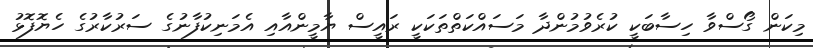
މިކަން ގޯސްވާ ހިސާބަކީ ކުރެވުމުންދާ މަސައްކަތްތަކަކީ ރައީސް ޔާމީންއާއި އެމަނިކުފާނުގެ ސަރުކާރުގެ ހެޔޮފޮޅު